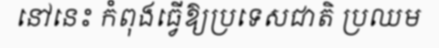
នៅនេះ កំពុងធ្វើឱ្យប្រទេសជាតិ ប្រឈម